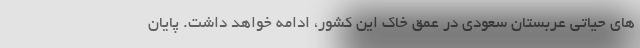
های حیاتی عربستان سعودی در عمق خاک این کشور، ادامه خواهد داشت. پایان